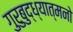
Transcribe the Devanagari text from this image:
गुरुबुद्ध्यात्मनो